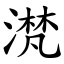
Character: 滼